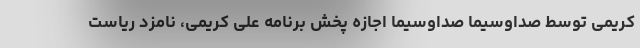
کریمی توسط صداوسیما صداوسیما اجازه پخش برنامه علی کریمی، نامزد ریاست